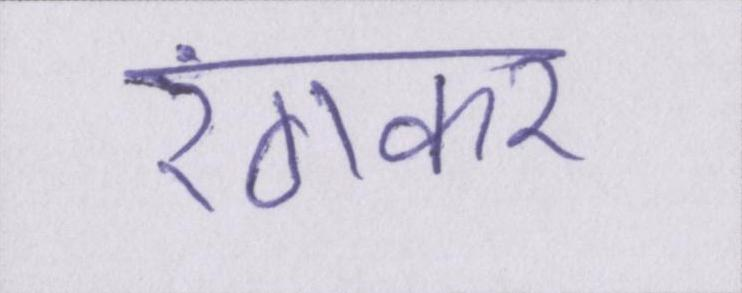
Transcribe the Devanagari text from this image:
रंगकर